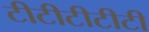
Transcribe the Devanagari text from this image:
टीटीटीटीटी